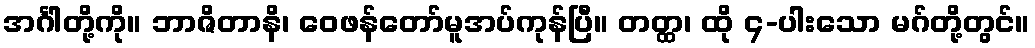
အင်္ဂါတို့ကို။ ဘာဇိတာနိ၊ ဝေဖန်တော်မူအပ်ကုန်ပြီ။ တတ္ထ၊ ထို ၄-ပါးသော မဂ်တို့တွင်။